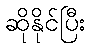
ဆိုနိုင်ပြီး